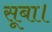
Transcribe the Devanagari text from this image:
सूबा।